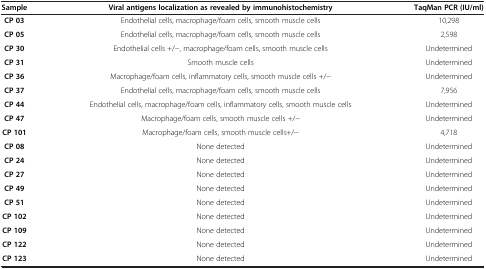
| Sample | Viral antigens localization as revealed by immunohistochemistry | TaqMan PCR (IU/ml) |
 | --- | --- | --- |
 | CP 03 | Endothelial cells, macrophage/foam cells, smooth muscle cells | 10,298 |
 | CP 05 | Endothelial cells, macrophage/foam cells, smooth muscle cells | 2,598 |
 | CP 30 | Endothelial cells +/-, macrophage/foam cells, smooth muscle cells | Undetermined |
 | CP 31 | Smooth muscle cells | Undetermined |
 | CP 36 | Macrophage/foam cells, inflammatory cells, smooth muscle cells +/- | Undetermined |
 | CP 37 | Endothelial cells, macrophage/foam cells, smooth muscle cells | 7,956 |
 | CP 44 | Endothelial cells, macrophage/foam cells, inflammatory cells, smooth muscle cells | Undetermined |
 | CP 47 | Macrophage/foam cells, smooth muscle cells +/- | Undetermined |
 | CP 101 | Macrophage/foam cells, smooth muscle cells+/- | 4,718 |
 | CP 08 | None detected | Undetermined |
 | CP 24 | None detected | Undetermined |
 | CP 27 | None detected | Undetermined |
 | CP 49 | None detected | Undetermined |
 | CP 51 | None detected | Undetermined |
 | CP 102 | None detected | Undetermined |
 | CP 109 | None detected | Undetermined |
 | CP 122 | None detected | Undetermined |
 | CP 123 | None detected | Undetermined |